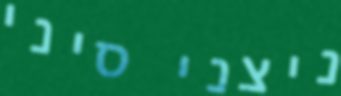
ניצני סיני